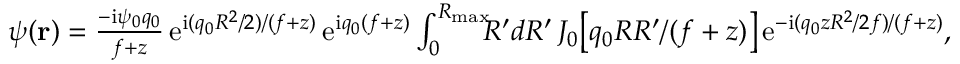
\begin{array} { r } { \psi ( { \bf r } ) = \frac { - \mathrm { i } \psi _ { 0 } q _ { 0 } } { f + z } \, \mathrm { e } ^ { \mathrm { i } ( q _ { 0 } R ^ { 2 } / 2 ) / ( f + z ) } \, \mathrm { e } ^ { \mathrm { i } q _ { 0 } ( f + z ) } \int _ { 0 } ^ { R _ { \mathrm { m a x } } } \! \! \! R ^ { \prime } d R ^ { \prime } \, J _ { 0 } \big [ q _ { 0 } R R ^ { \prime } / ( f + z ) \big ] \, \mathrm { e } ^ { - \mathrm { i } ( q _ { 0 } z R ^ { 2 } / 2 f ) / ( f + z ) } , } \end{array}